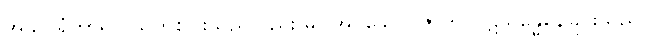
အသပရံကာရာ၊ သူတစ်ပါးသည်လည်း မပြုအပ်သော။ ဇာတိ၊ ပဋိသန္ဓေနေခြင်းသည်။